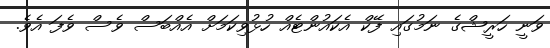
ވަނީ ހަރީޝްގެ ނަމުގައި ފޭކް އެކައުންޓެއް ހުޅުވިކަމަށް އެއްބަސް ވެސް ވެފަ އެވެ.